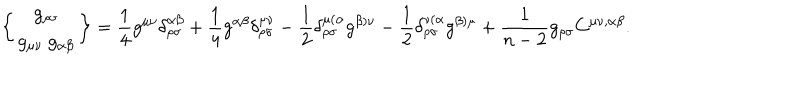
\left\{ \begin{array} { c } { { g _ { \rho \sigma } } } \\ { { g _ { \mu \nu } \ g _ { \alpha \beta } } } \\ \end{array} \right\} = \frac { 1 } { 4 } g ^ { \mu \nu } \delta _ { \rho \sigma } ^ { \alpha \beta } + \frac { 1 } { 4 } g ^ { \alpha \beta } \delta _ { \rho \sigma } ^ { \mu \nu } - \frac { 1 } { 2 } \delta _ { \rho \sigma } ^ { \mu ( \alpha } g ^ { \beta ) \nu } - \frac { 1 } { 2 } \delta _ { \rho \sigma } ^ { \nu ( \alpha } g ^ { \beta ) \mu } + \frac { 1 } { n - 2 } g _ { \rho \sigma } C ^ { \mu \nu , \alpha \beta } .